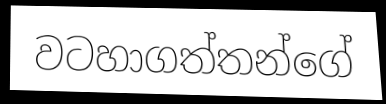
වටහාගත්තන්ගේ